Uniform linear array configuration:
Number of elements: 24
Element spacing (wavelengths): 1
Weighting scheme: exponential
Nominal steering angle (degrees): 30
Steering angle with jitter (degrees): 31.57
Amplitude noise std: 0.05
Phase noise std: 0.05

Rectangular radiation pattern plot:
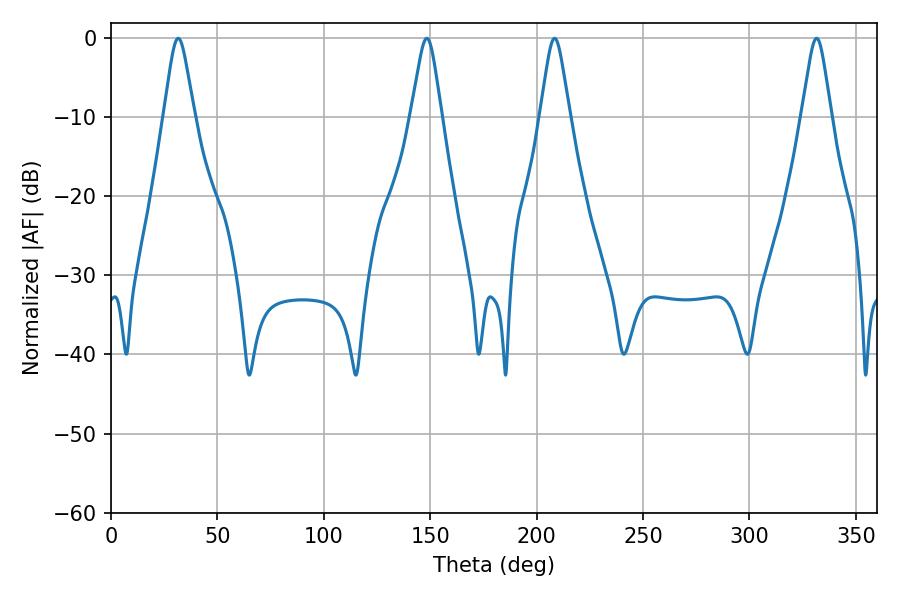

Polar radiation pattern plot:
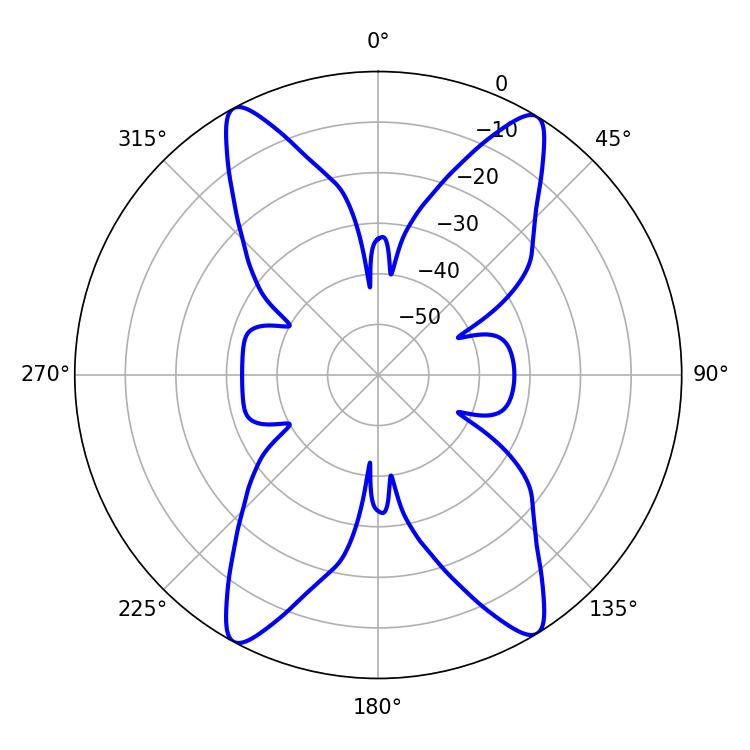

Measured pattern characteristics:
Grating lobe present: TRUE
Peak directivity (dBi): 19.953
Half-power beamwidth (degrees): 6.48
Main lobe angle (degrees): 208.44